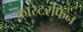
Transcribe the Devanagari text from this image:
कास्टरफिन